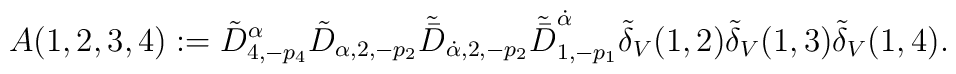
A(1,2,3,4):=\tilde D^\alpha_{4,-p_4}\tilde D_{\alpha,2,-p_2} \tilde{\bar D}_{\dot\alpha,2,-p_2}\tilde{\bar D}^{\dot\alpha}_{1,-p_1} \tilde\delta_V(1,2)\tilde\delta_V(1,3)\tilde\delta_V(1,4).